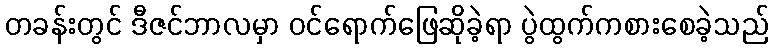
တခန်းတွင် ဒီဇင်ဘာလမှာ ဝင်ရောက်ဖြေဆိုခဲ့ရာ ပွဲထွက်ကစားစေခဲ့သည်